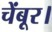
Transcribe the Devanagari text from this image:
चेंबूर।